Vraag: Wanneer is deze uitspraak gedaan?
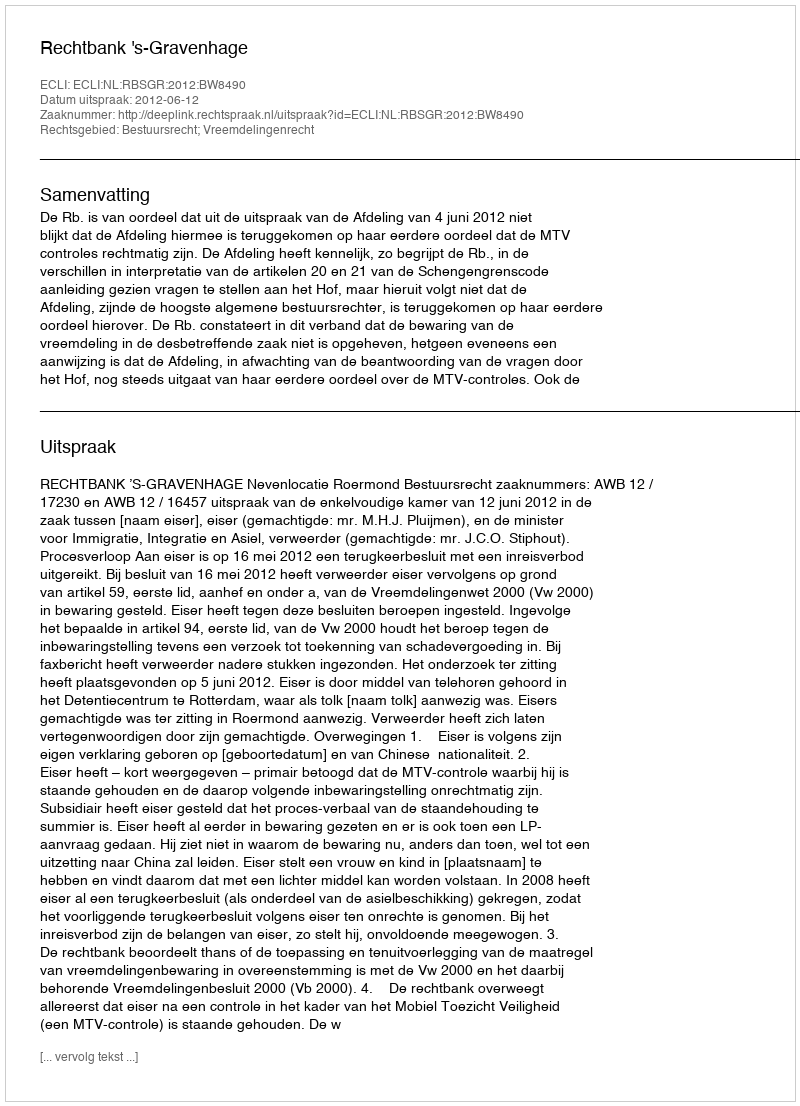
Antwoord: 2012-06-12